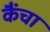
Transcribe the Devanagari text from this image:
कैंचा